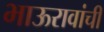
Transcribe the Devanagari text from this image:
भाऊरावांची